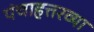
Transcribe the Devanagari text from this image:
पंचाहत्तरव्या